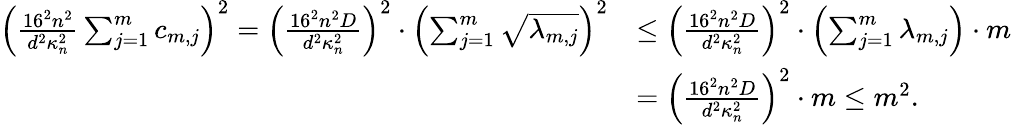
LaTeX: \begin{array}{rl}{\left(\frac{16^{2}n^{2}}{d^{2}\kappa_{n}^{2}}\sum_{j=1}^{m}c_{m,j}\right)^{2}=\left(\frac{16^{2}n^{2}D}{d^{2}\kappa_{n}^{2}}\right)^{2}\cdot\left(\sum_{j=1}^{m}\sqrt{\lambda_{m,j}}\right)^{2}}&{\leq\left(\frac{16^{2}n^{2}D}{d^{2}\kappa_{n}^{2}}\right)^{2}\cdot\left(\sum_{j=1}^{m}\lambda_{m,j}\right)\cdot m}\\ &{=\left(\frac{16^{2}n^{2}D}{d^{2}\kappa_{n}^{2}}\right)^{2}\cdot m\leq m^{2}.}\end{array}